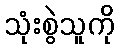
သုံးစွဲသူကို